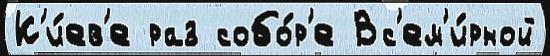
К'и́ев'е раз собо́р'е Вс'ем'и́рной